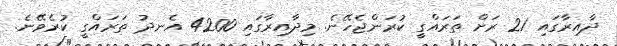
ދާއިރާގައި 21 ރަށް ތަރައްގީ ކުރަންޖެހޭނެ. މިދާއިރާގައި 4200 އެނދު ތަރައްގީ ކުރެވޭނެ.